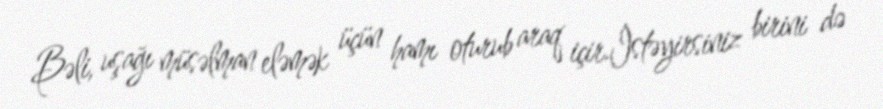
Bəli, uşağı müsəlman eləmək üçün hamı oturub araq içir.İstəyirsiniz birini də